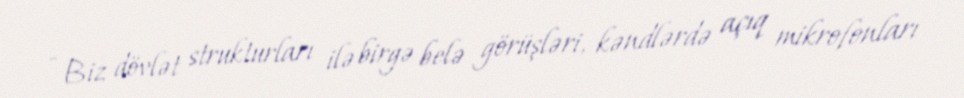
- Biz dövlət strukturları ilə birgə belə görüşləri, kəndlərdə açıq mikrofonları